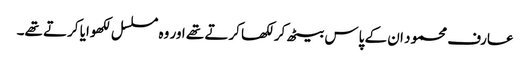
عارف محمود ان کے پاس بیٹھ کر لکھا کرتے تھے اور وہ مسلسل لکھوایا کرتے تھے۔